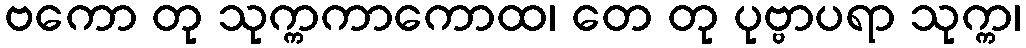
ဗကော တု သုက္ကကာကောထ၊ တေ တု ပုဗ္ဗာပရာ သုက္က၊